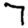
Digit: 7